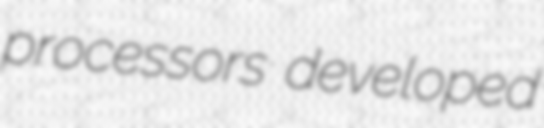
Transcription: processors developed